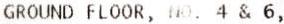
GROUND FLOOR, NO. 4 & 6,